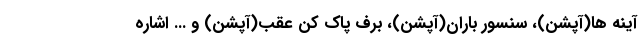
آینه ها(آپشن)، سنسور باران(آپشن)، برف پاک کن عقب(آپشن) و ... اشاره